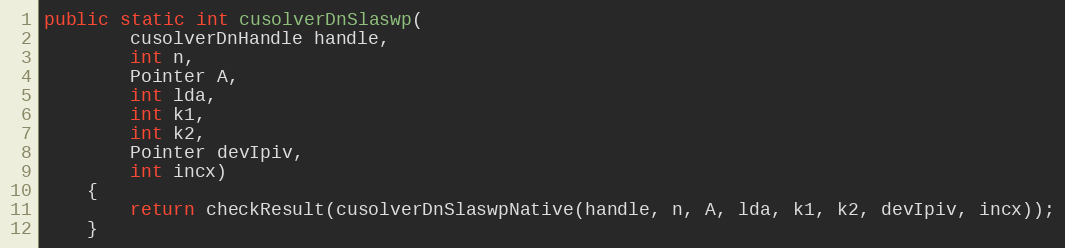
Language: Java
public static int cusolverDnSlaswp(
        cusolverDnHandle handle,
        int n,
        Pointer A,
        int lda,
        int k1,
        int k2,
        Pointer devIpiv,
        int incx)
    {
        return checkResult(cusolverDnSlaswpNative(handle, n, A, lda, k1, k2, devIpiv, incx));
    }